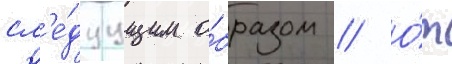
сл'е́дуущим о́бразом // О́т